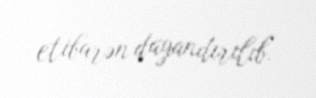
etibarən dayandırılıb.